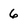
Character: 6